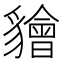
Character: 𧴚